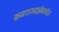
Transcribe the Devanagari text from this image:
क्रमशस्त्रार्न्नबार्धत।